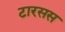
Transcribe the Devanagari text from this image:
टारसस